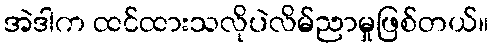
အဲဒါက ထင်ထားသလိုပဲလိမ်ညာမှုဖြစ်တယ်။